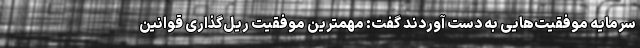
سرمایه موفقیت‌هایی به دست آوردند گفت: مهمترین موفقیت ریل‌گذاری قوانین